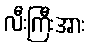
လီးကြီးအား